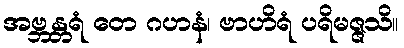
အဗ္ဘန္တရံ တေ ဂဟနံ၊ ဗာဟိရံ ပရိမဇ္ဇသိ။